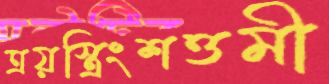
ত্রয়স্ত্রিংশত্তমী